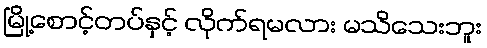
မြို့စောင့်တပ်နှင့် လိုက်ရမလား မသိသေးဘူး